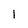
Character: l